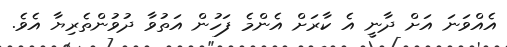
އެއްވަނަ އަށް ދާނީ އެ ކާރަށް އެންމެ ފަހުން އަތުވާ ދުވުންތެރިޔާ އެވެ.